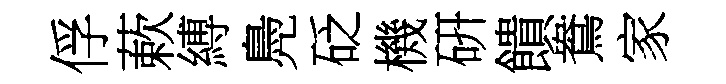
俘蔌縛鳧砭機硏饋鴦家